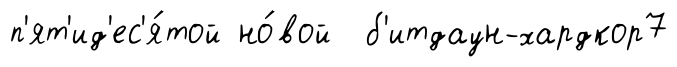
п'ят'ид'ес'я́той но́вой б'итдаун-хардкор7